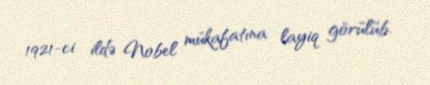
1921-ci ildə Nobel mükafatına layiq görülüb.